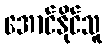
အောင်နိုင်သူ